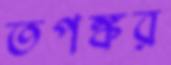
তপঙ্কর